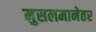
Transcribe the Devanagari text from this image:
मुसलमानेतर